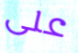
على